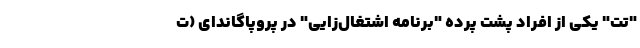
"تت" یکی از افراد پشت پرده "برنامه اشتغال‌زایی" در پروپاگاندای (ت